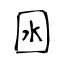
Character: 囦